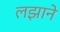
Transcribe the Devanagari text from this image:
लझाने